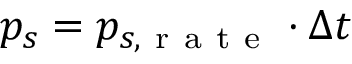
p _ { s } = p _ { s , \mathrm { ~ r ~ a ~ t ~ e ~ } } \cdot \Delta t